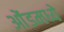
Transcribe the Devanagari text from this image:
ओंडमध्ये